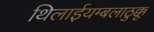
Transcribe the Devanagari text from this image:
थिलाईयम्बलाठुक्कू